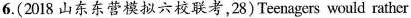
6.(2018山东东营模拟六校联考，28)Teenagers would rather